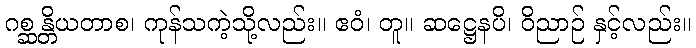
ဂစ္ဆန္တိယတာစ၊ ကုန်သကဲ့သို့လည်း။ ဧဝံ၊ တူ။ ဆဋ္ဌေနပိ၊ ဝိညာဉ် နှင့်လည်း။